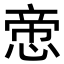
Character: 𢝃